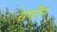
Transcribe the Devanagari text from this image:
रायरीस